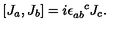
[ J _ { a } , J _ { b } ] = i \epsilon _ { a b } ^ { \phantom { a b } c } J _ { c } .